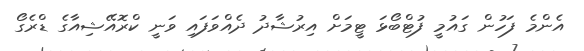
އެންމެ ފަހުން ގައުމީ ފުޓްބޯޅަ ޓީމަށް އިރުޝާދު ދެއްވަފައި ވަނީ ކްރޮއޭޝިއާގެ ޑްރެގޯ